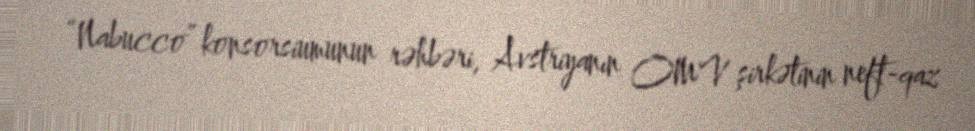
“Nabucco” konsorsiumunun rəhbəri, Avstriyanın OMV şirkətinin neft-qaz